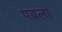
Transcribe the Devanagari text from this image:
पवला